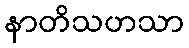
နာတိသဟသာ